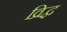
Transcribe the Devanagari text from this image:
व्रिद्ध